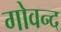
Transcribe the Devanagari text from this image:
गोवन्द